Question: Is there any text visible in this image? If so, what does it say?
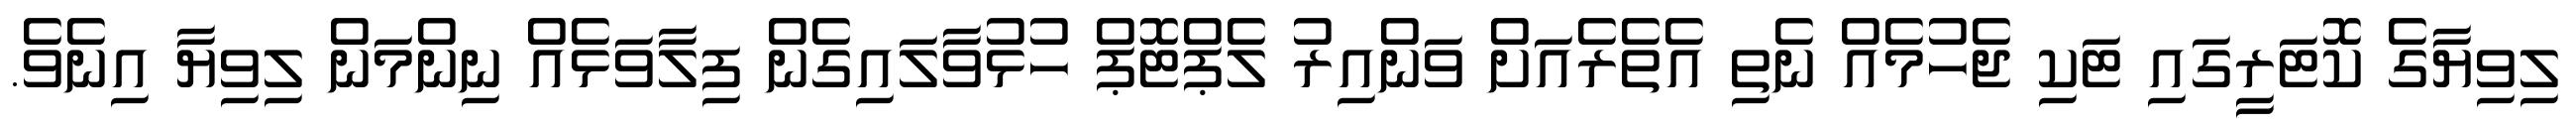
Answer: ލިވިޔާގެ ކޮޓަރީގައި ޓަކި ޖެހުމެއް ނެތި އެތެރެއަށް ވަންއިރު ލެޕްޓޮޕް ހުޅުވާލައިގެން ފިލާވަޅެއް ނިންމަން ލިވިޔާ އިނެވެ.